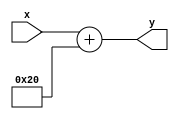
`timescale 1ns / 1ps

module add_32(
    input [7:0] x,
    output reg [7:0] y
    );
    
    always @(*) begin
        y = x + 32;
    end
    
endmodule